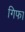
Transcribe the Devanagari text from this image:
गिफा